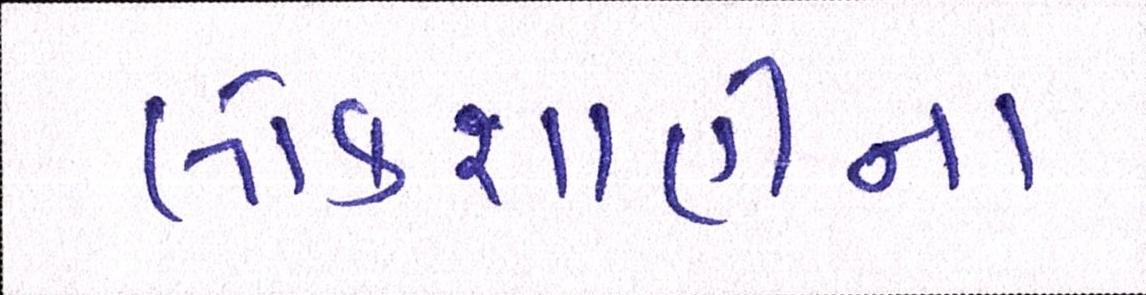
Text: લોકશાહીના